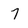
Character: 7